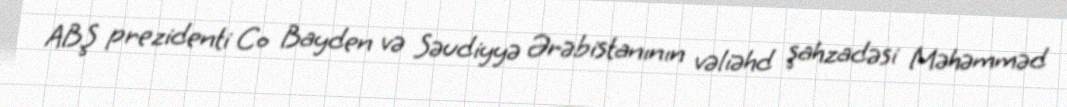
ABŞ prezidenti Co Bayden və Səudiyyə Ərəbistanının vəliəhd şahzadəsi Məhəmməd